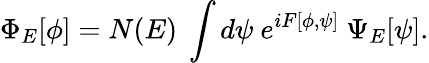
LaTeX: \Phi_{E}[\phi]=N(E)~\int d\psi~e^{iF[\phi,\psi]}~\Psi_{E}[\psi].